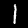
Digit: 1